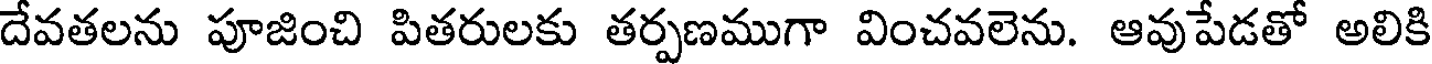
దేవతలను పూజించి పితరులకు తర్పణముగా వించవలెను. ఆవుపేడతో అలికి